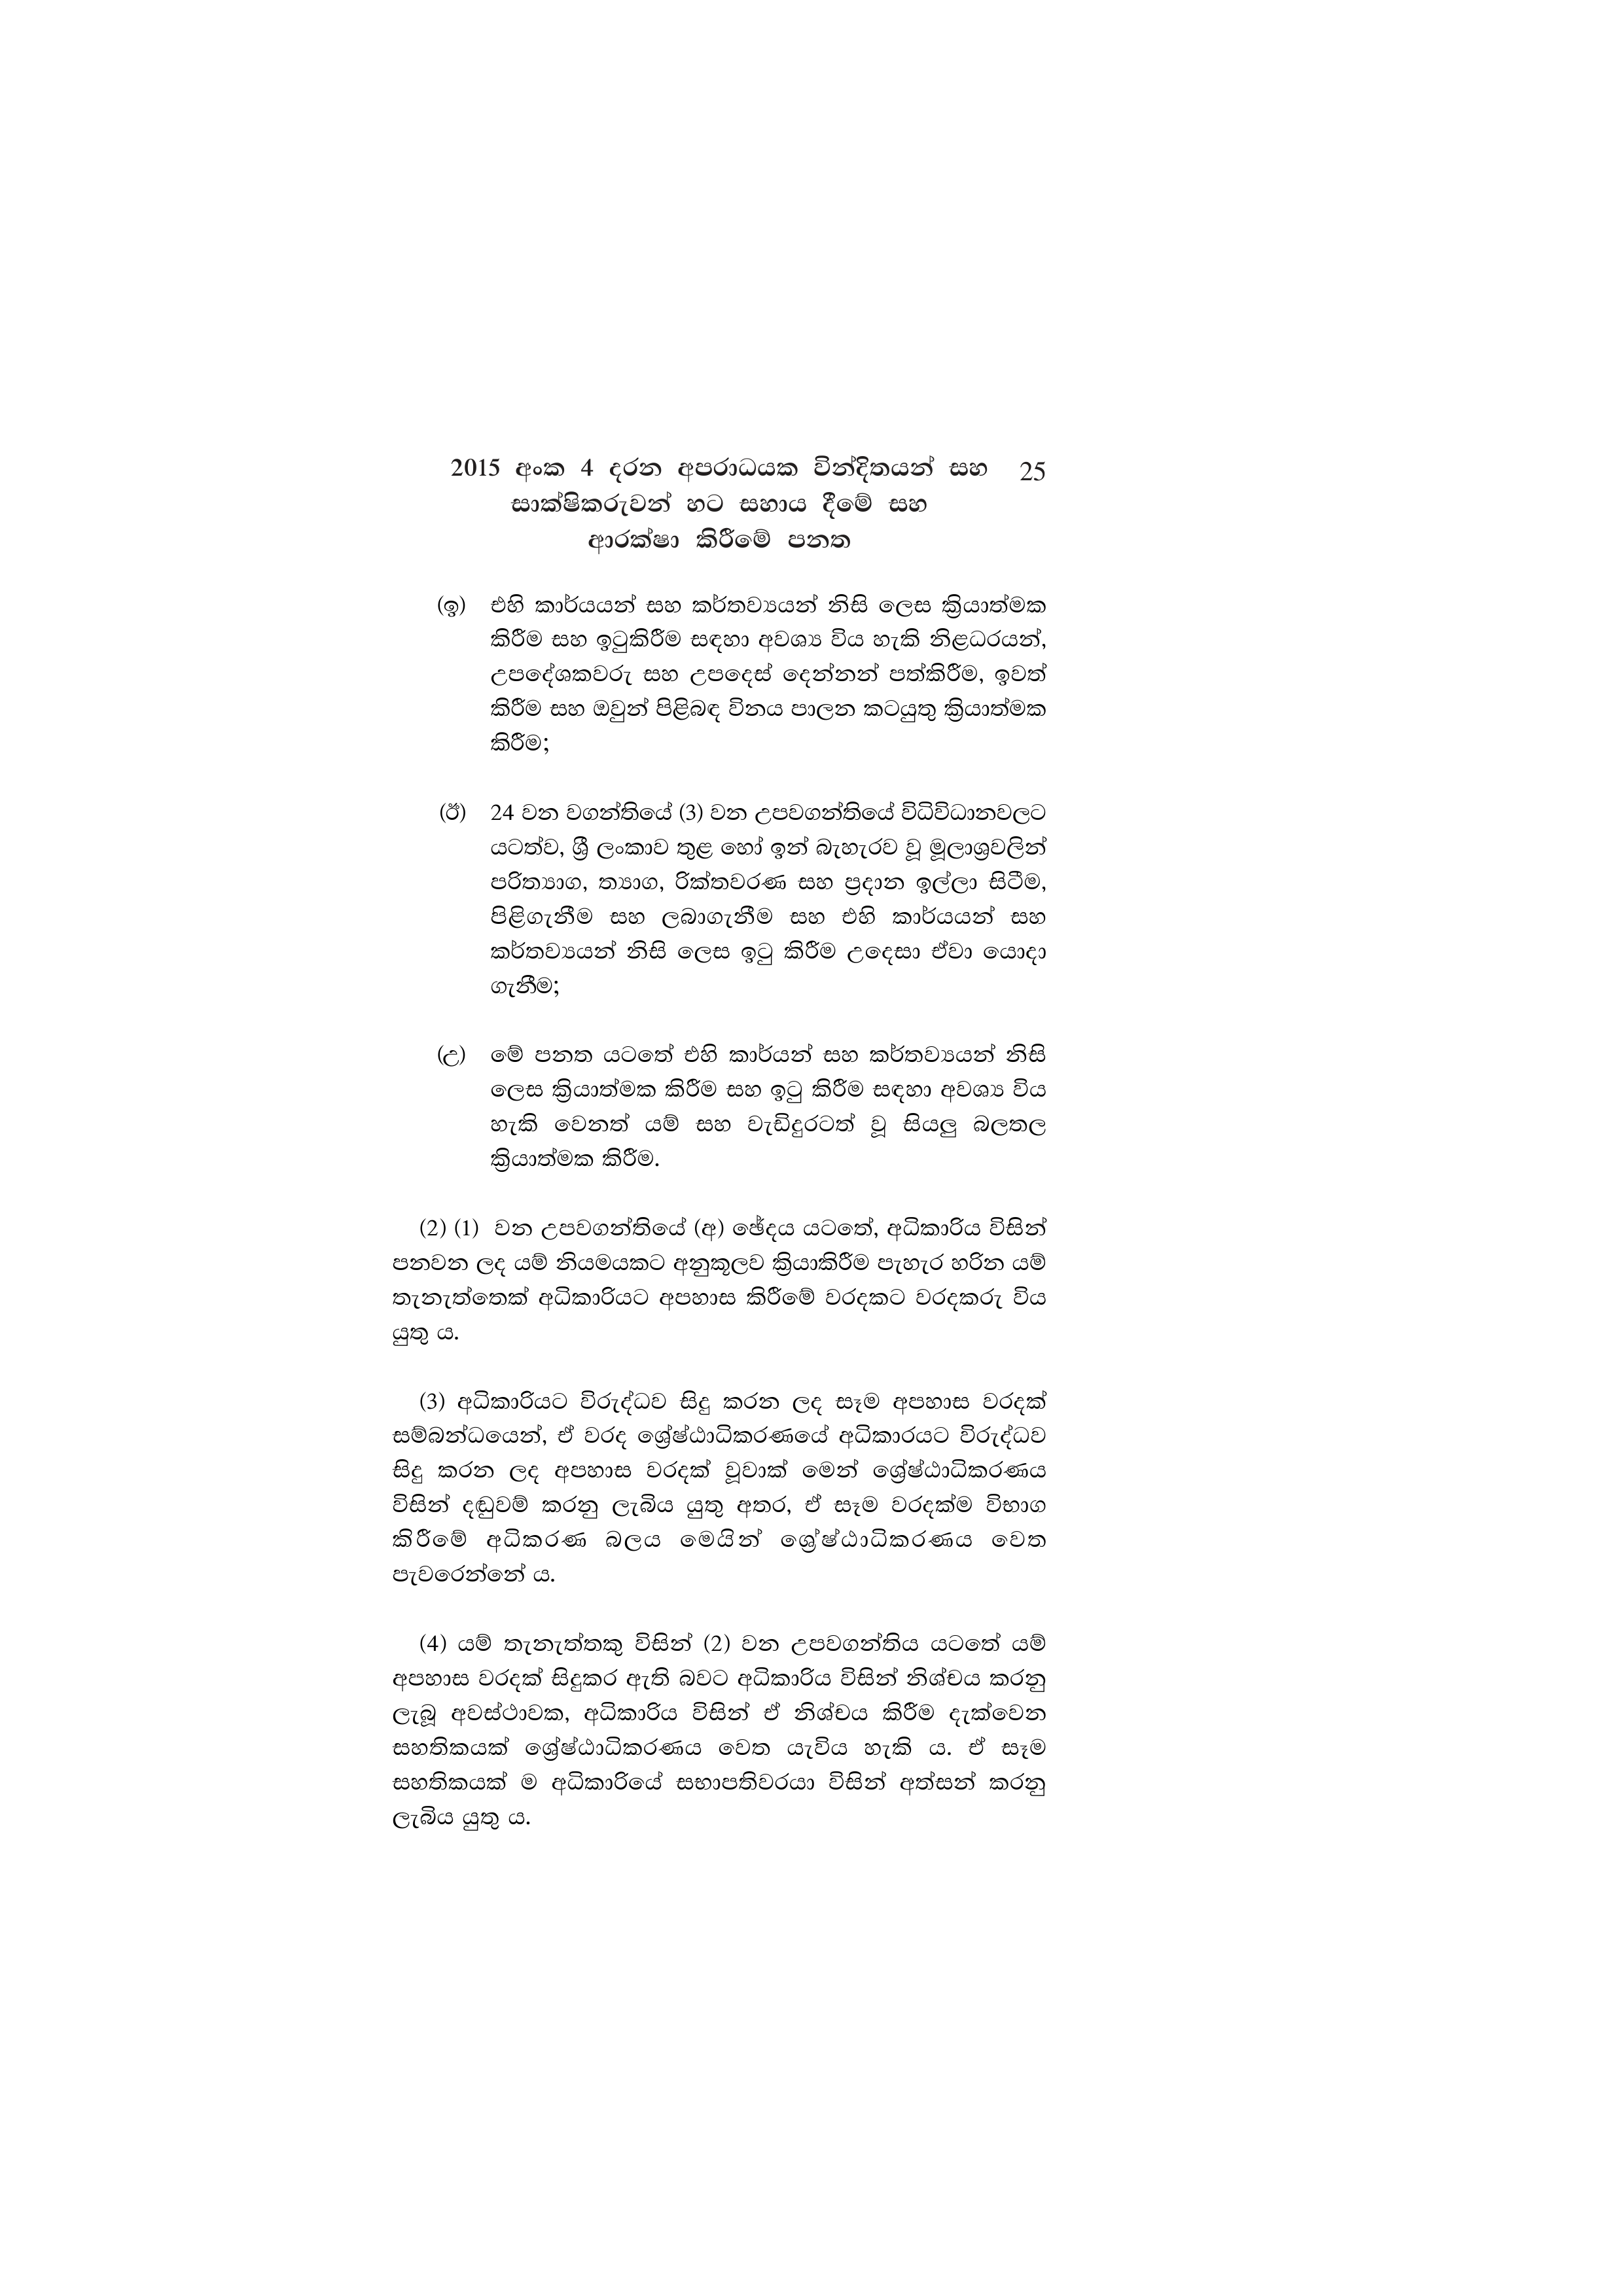
2015 අංක 4 දරන අපරාධයක වින්දිතයන් සහ 25
සාක්ෂිකරුවන් හට සහාය දීමේ සහ
ආරක්ෂා කිරීමේ පනත

(ඉ) එහි කාර්යයන් සහ කර්තව්‍යයන් නිසි ලෙස ක්‍රියාත්මක
කිරීම සහ ඉටුකිරීම සඳහා අවශ්‍ය විය හැකි නිළධරයන්,
උපදේශකවරු සහ උපදෙස් දෙන්නන් පත්කිරීම, ඉවත්
කිරීම සහ ඔවුන් පිළිබඳ විනය පාලන කටයුතු ක්‍රියාත්මක
කිරීම;

(ඊ) 24 වන වගන්තියේ (3) වන උපවගන්තියේ විධිවිධානවලට
යටත්ව, ශ්‍රී ලංකාව තුළ හෝ ඉන් බැහැරව වූ මූලාශ්‍රවලින්
පරිත්‍යාග, ත්‍යාග, රික්තවරණ සහ ප්‍රදාන ඉල්ලා සිටීම,
පිළිගැනීම සහ ලබාගැනීම සහ එහි කාර්යයන් සහ
කර්තව්‍යයන් නිසි ලෙස ඉටු කිරීම උදෙසා ඒවා යොදා
ගැනීම;

(උ) මේ පනත යටතේ එහි කාර්යන් සහ කර්තව්‍යයන් නිසි
ලෙස ක්‍රියාත්මක කිරීම සහ ඉටු කිරීම සඳහා අවශ්‍ය විය
හැකි වෙනත් යම් සහ වැඩිදුරටත් වූ සියලු බලතල
ක්‍රියාත්මක කිරීම.

(2) (1) වන උපවගන්තියේ (අ) ඡේදය යටතේ, අධිකාරිය විසින්
පනවන ලද යම් නියමයකට අනුකූලව ක්‍රියාකිරීම පැහැර හරින යම්
තැනැත්තෙක් අධිකාරියට අපහාස කිරීමේ වරදකට වරදකරු විය
යුතු ය.

(3) අධිකාරියට විරුද්ධව සිදු කරන ලද සෑම අපහාස වරදක්
සම්බන්ධයෙන්, ඒ වරද ශ්‍රේෂ්ඨාධිකරණයේ අධිකාරයට විරුද්ධව
සිදු කරන ලද අපහාස වරදක් වූවාක් මෙන් ශ්‍රේෂ්ඨාධිකරණය
විසින් දඬුවම් කරනු ලැබිය යුතු අතර, ඒ සෑම වරදක්ම විභාග
කිරීමේ අධිකරණ බලය මෙයින් ශ්‍රේෂ්ඨාධිකරණය වෙත
පැවරෙන්නේ ය.

(4) යම් තැනැත්තකු විසින් (2) වන උපවගන්තිය යටතේ යම්
අපහාස වරදක් සිදුකර ඇති බවට අධිකාරිය විසින් නිශ්චය කරනු
ලැබූ අවස්ථාවක, අධිකාරිය විසින් ඒ නිශ්චය කිරීම දැක්වෙන
සහතිකයක් ශ්‍රේෂ්ඨාධිකරණය වෙත යැවිය හැකි ය. ඒ සෑම
සහතිකයක් ම අධිකාරියේ සභාපතිවරයා විසින් අත්සන් කරනු
ලැබිය යුතු ය.